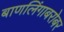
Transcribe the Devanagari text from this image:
बाणलिंगाबरोबर